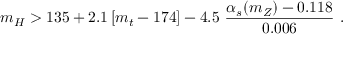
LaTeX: m _ { H } > 1 3 5 + 2 . 1 \left[ m _ { t } - 1 7 4 \right] - 4 . 5 ~ \frac { \alpha _ { s } ( m _ { Z } ) - 0 . 1 1 8 } { 0 . 0 0 6 } ~ .